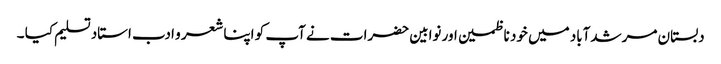
دبستان مرشدآباد میں خود ناظمین اور نوابین حضرات نے آپ کو اپنا شعر و ادب استاد تسلیم کیا ۔